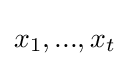
x_{1},...,x_{t}